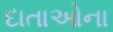
દાતાઓના